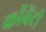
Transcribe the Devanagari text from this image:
कॉवेंटी